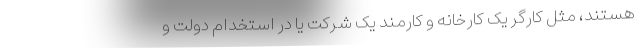
هستند، مثل کارگر یک کارخانه و کارمند یک شرکت یا در استخدام دولت و